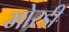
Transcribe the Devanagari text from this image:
भोरडी